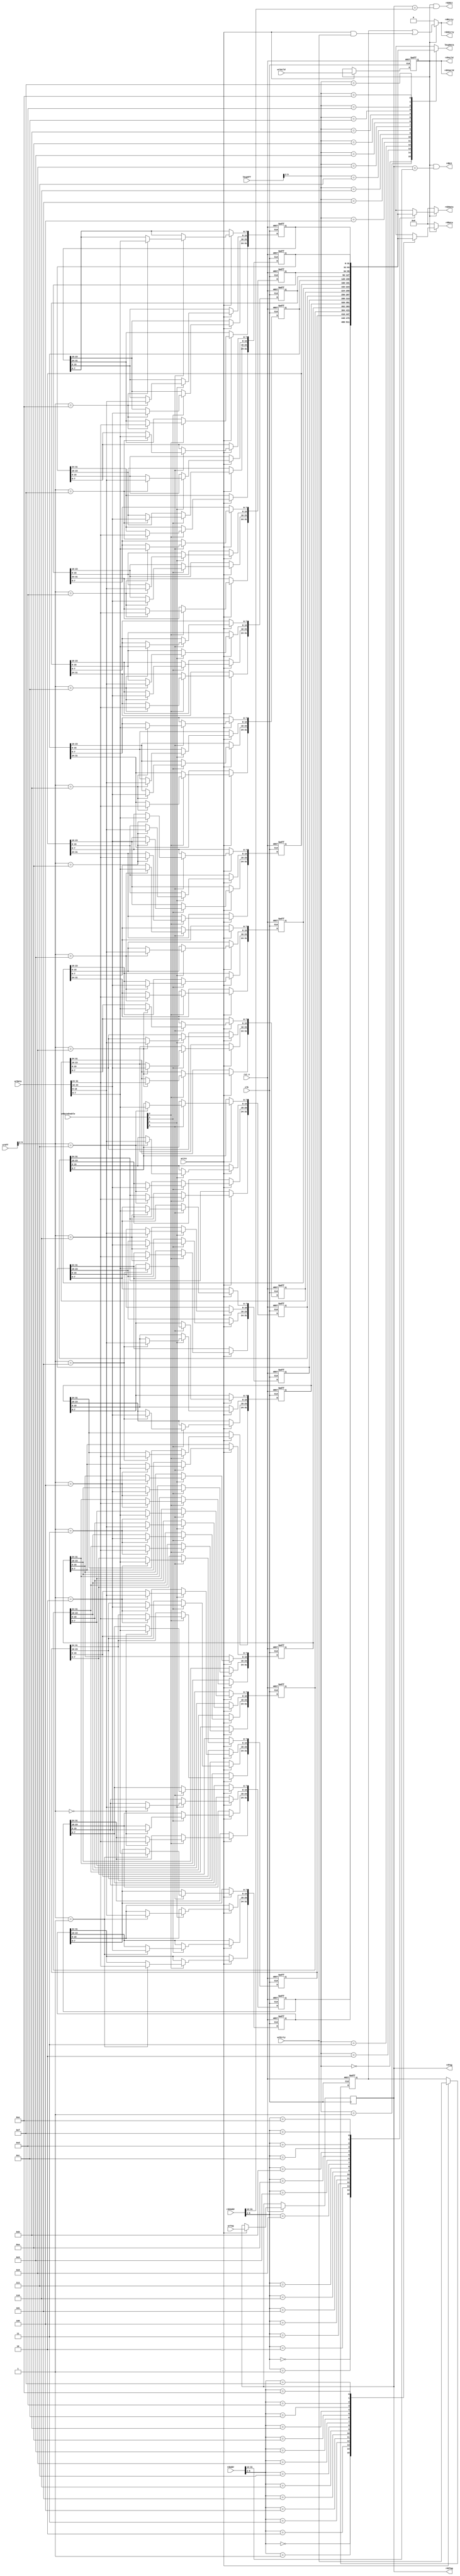
module cacheline #(
  parameter CACHE_LINE_WIDTH = 6, 
            TAG_WIDTH        = 20,
            ADDR_WIDTH       = 32
) (
  input wire clk,
  input wire rst_n,
  
  input wire [ADDR_WIDTH-1 : 0]  rdAddr,
  output wire [31:0]             rdData,
  output wire                    rdVaild,
  output wire                    rdDirty,
  output wire                    rdHit,
  output wire [TAG_WIDTH-1 : 0]  rdTag,
  
  input wire [ADDR_WIDTH-1 : 0]  rd2Addr,
  output wire [31:0]             rd2Data,
  output wire                    rd2Vaild,
  output wire                    rd2Dirty,
  output wire                    rd2Hit,
  output wire [TAG_WIDTH-1 : 0]  rd2Tag,
  
  input wire                          write,
  input wire [CACHE_LINE_WIDTH-1 : 0] wrOff,
  input wire [TAG_WIDTH-1 : 0]        wrTag,
  input wire                          wrVaild,
  input wire                          wrDirty,
  input wire [31:0]                   wrData,
  input wire [3:0]                    wrByteEnable,
  input wire [CACHE_LINE_WIDTH-1 : 0] lkupOff,
  output wire [31:0]                  lkupData

);

reg [31:0] words[ 2**(CACHE_LINE_WIDTH-2)-1 : 0];
reg vaild;
reg dirty;
reg [TAG_WIDTH - 1 : 0] tag;
wire preDirty;

assign preDirty = dirty || (write && wrDirty);

wire [TAG_WIDTH - 1 : 0] needTag;
wire [CACHE_LINE_WIDTH-1 : 0] rdOff;

wire [TAG_WIDTH - 1 : 0] need2Tag;
wire [CACHE_LINE_WIDTH-1 : 0] rd2Off;

assign needTag = rdAddr[ADDR_WIDTH-1 : ADDR_WIDTH-TAG_WIDTH];
assign rdOff = rdAddr[CACHE_LINE_WIDTH-1 : 0];

assign need2Tag = rd2Addr[ADDR_WIDTH-1 : ADDR_WIDTH-TAG_WIDTH];
assign rd2Off = rd2Addr[CACHE_LINE_WIDTH-1 : 0];

assign rdVaild = vaild;
assign rdData = rdVaild ? words[ rdOff[CACHE_LINE_WIDTH-1 : 2] ] : 0;
assign rdDirty = rdVaild ? preDirty : 1'b0;
assign rdTag = tag;
assign rdHit = vaild && (tag == needTag);

assign rd2Vaild = vaild;
assign rd2Data = rd2Vaild ? words[ rd2Off[CACHE_LINE_WIDTH-1 : 2] ] : 0;
assign rd2Dirty = rd2Vaild ? preDirty : 1'b0;
assign rd2Tag = tag;
assign rd2Hit = vaild && (tag == need2Tag);

assign lkupData = words[ lkupOff[CACHE_LINE_WIDTH-1 : 2] ];



always @(posedge clk, negedge rst_n) begin

  if(!rst_n) begin : rst_words
    integer i;
    vaild <= 1'b0;
    dirty <= 1'b0;
    for (i=0; i<=2**(CACHE_LINE_WIDTH-2)-1; i = i+1 ) begin
      words[i] <= 0;
    end
  end else begin
    if(write) begin : proc_words
      dirty <= wrDirty;
      vaild <= wrVaild;
      tag <= wrTag;
	   if(wrByteEnable[0]) begin
		  words[wrOff[CACHE_LINE_WIDTH-1 : 2]][ 0*8 + 7 : 0*8] <= wrData[ 0*8 + 7 : 0*8];
	   end
	   if(wrByteEnable[1]) begin
		  words[wrOff[CACHE_LINE_WIDTH-1 : 2]][ 1*8 + 7 : 1*8] <= wrData[ 1*8 + 7 : 1*8];
      end
	   if(wrByteEnable[2]) begin
		  words[wrOff[CACHE_LINE_WIDTH-1 : 2]][ 2*8 + 7 : 2*8] <= wrData[ 2*8 + 7 : 2*8];
	   end
	   if(wrByteEnable[3]) begin
		  words[wrOff[CACHE_LINE_WIDTH-1 : 2]][ 3*8 + 7 : 3*8] <= wrData[ 3*8 + 7 : 3*8];
	   end
    end
  end
end



endmodule